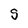
Character: S